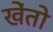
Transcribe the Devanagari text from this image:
खेंतो